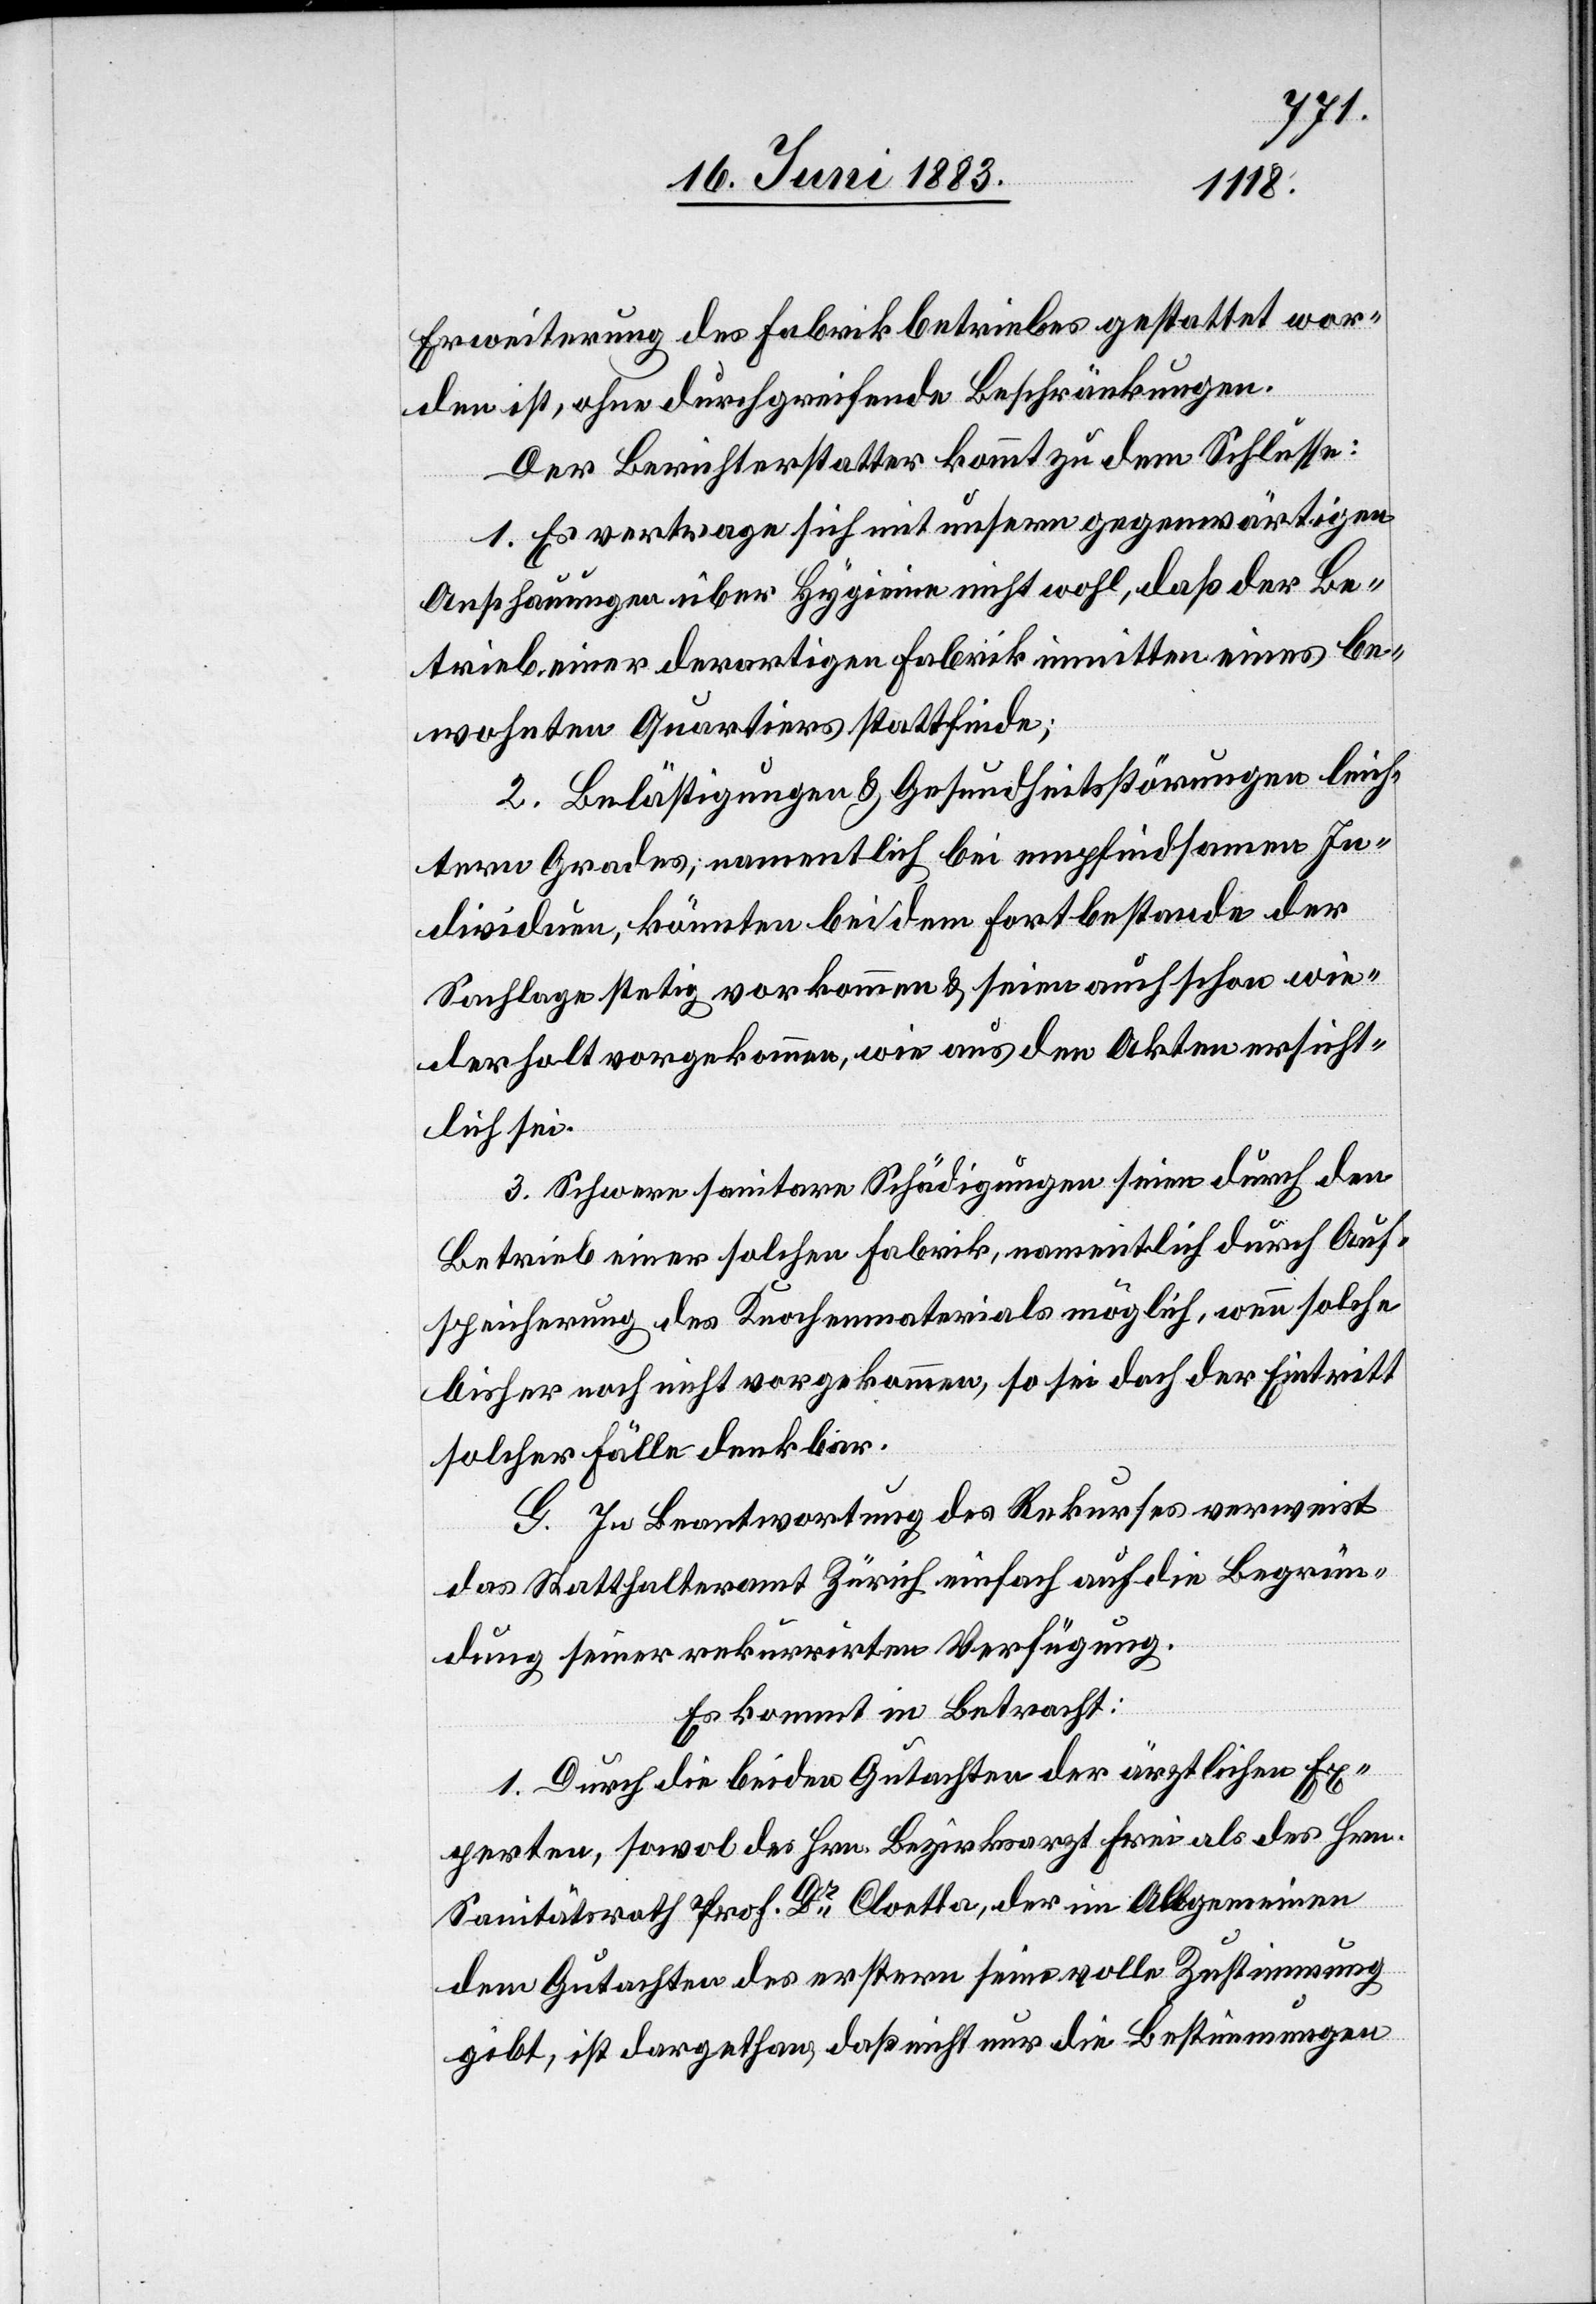
Erweiterung des Fabrikbetriebes gestattet wor¬
den ist, ohne durchgreifende Beschränkungen.
Der Berichterstatter kommt zu dem Schlusse:
1. Es vertrage sich mit unsern gegenwärtigen
Anschauungen über Hygiene nicht wohl, daß der Be¬
trieb einer derartigen Fabrik inmitten eines be¬
wohnten Quartiers stattfinde;
2. Belästigungen & Gesundheitsstörungen leich¬
tern Grades; namentlich bei empfindsamen In¬
dividuen, könnten bei dem Fortbestande der
Sachlage stetig vorkommen & seien auch schon wie¬
derholt vorgekommen, wie aus den Akten ersicht¬
lich sei.
3. Schwere sanitare [sic!] Schädigungen seien durch den
Betrieb einer solchen Fabrik, namentlich durch Auf¬
speicherung des Knochenmaterials möglich, wenn solche
bisher noch nicht vorgekommen, so sei doch der Eintritt
solcher Fälle denkbar.
G. In Beantwortung des Rekurses verweist
das Statthalteramt Zürich einfach auf die Begrün¬
dung seiner rekurrirten Verfügung.
Es kommt in Betracht:
1. Durch die beiden Gutachten der ärztlichen Ex¬
perten, sowol des Hrn. Bezirksarzt Frei als des Hrn.
Sanitätsrath Prof. Dr Cloetta, der im Allgemeinen
dem Gutachten des ersten seine volle Zustimmung
gibt, ist dargethan, daß nicht nur die Bestimmungen